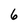
Character: 6